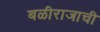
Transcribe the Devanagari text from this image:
बळीराजाची